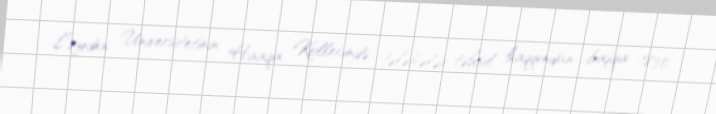
Leyden Universitetinin Haaqa Kollecində tələbələr təhsil haqqından başqa 1830